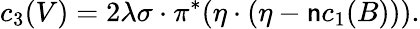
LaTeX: c_{3}(V)=2\lambda\sigma\cdot\pi^{*}(\eta\cdot(\eta-\mathsf{n}c_{1}(B))).